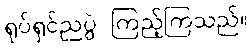
ရုပ်ရှင်ညပွဲ ကြည့်ကြသည်။